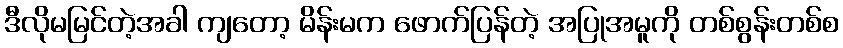
ဒီလိုမမြင်တဲ့အခါ ကျတော့ မိန်းမက ဖောက်ပြန်တဲ့ အပြုအမူကို တစ်စွန်းတစ်စ